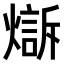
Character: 𤏣